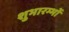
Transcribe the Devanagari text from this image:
शुभारम्भों